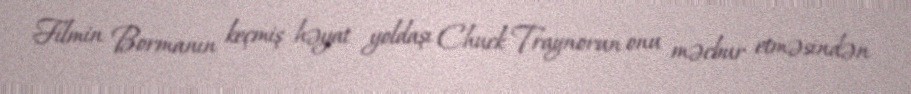
Filmin Bormanın keçmiş həyat yoldaşı Chuck Traynorun onu məcbur etməsindən